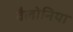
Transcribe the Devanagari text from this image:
वैलोनिया